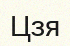
Цзя